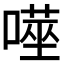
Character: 𭊮